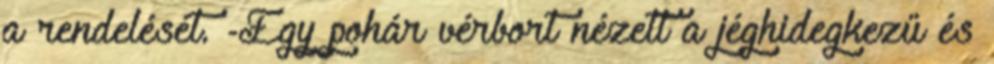
a rendelését. -Egy pohár vérbort nézett a jéghidegkezű és